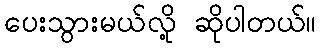
ပေးသွားမယ်လို့ ဆိုပါတယ်။